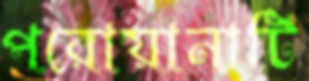
পরোয়ানাটি